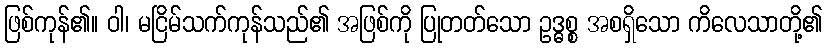
ဖြစ်ကုန်၏။ ဝါ၊ မငြိမ်သက်ကုန်သည်၏ အဖြစ်ကို ပြုတတ်သော ဥဒ္ဓစ္စ အစရှိသော ကိလေသာတို့၏